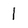
Character: l